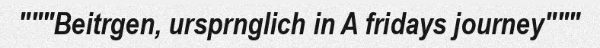
"""Beitrgen, ursprnglich in A fridays journey"""